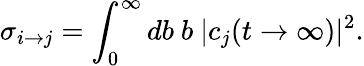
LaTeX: \sigma_{i\rightarrow j}=\int_{0}^{\infty}db\ b\ |c_{j}(t\rightarrow\infty)|^{2}.